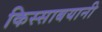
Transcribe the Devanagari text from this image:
किस्साबयानी